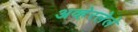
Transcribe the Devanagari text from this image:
अव्हेरलेले